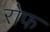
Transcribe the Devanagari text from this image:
रोफ